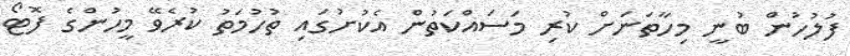
ފުލުހުން ބުނީ މިހާތަނަށް ކުރި މަސައްކަތުން އެކުށުގައި ތުހުމަތު ކުރެވޭ މީހުންގެ ފޮޓޯ